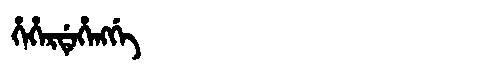
Manchu: ᡥᡝᡥᡝᡵᡩᡝᡥᡝᠩᡤᡝ
Romanization: HEHERDEHENGGE